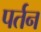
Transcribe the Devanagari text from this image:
पर्तन